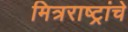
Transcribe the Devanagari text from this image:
मित्रराष्ट्रांचे